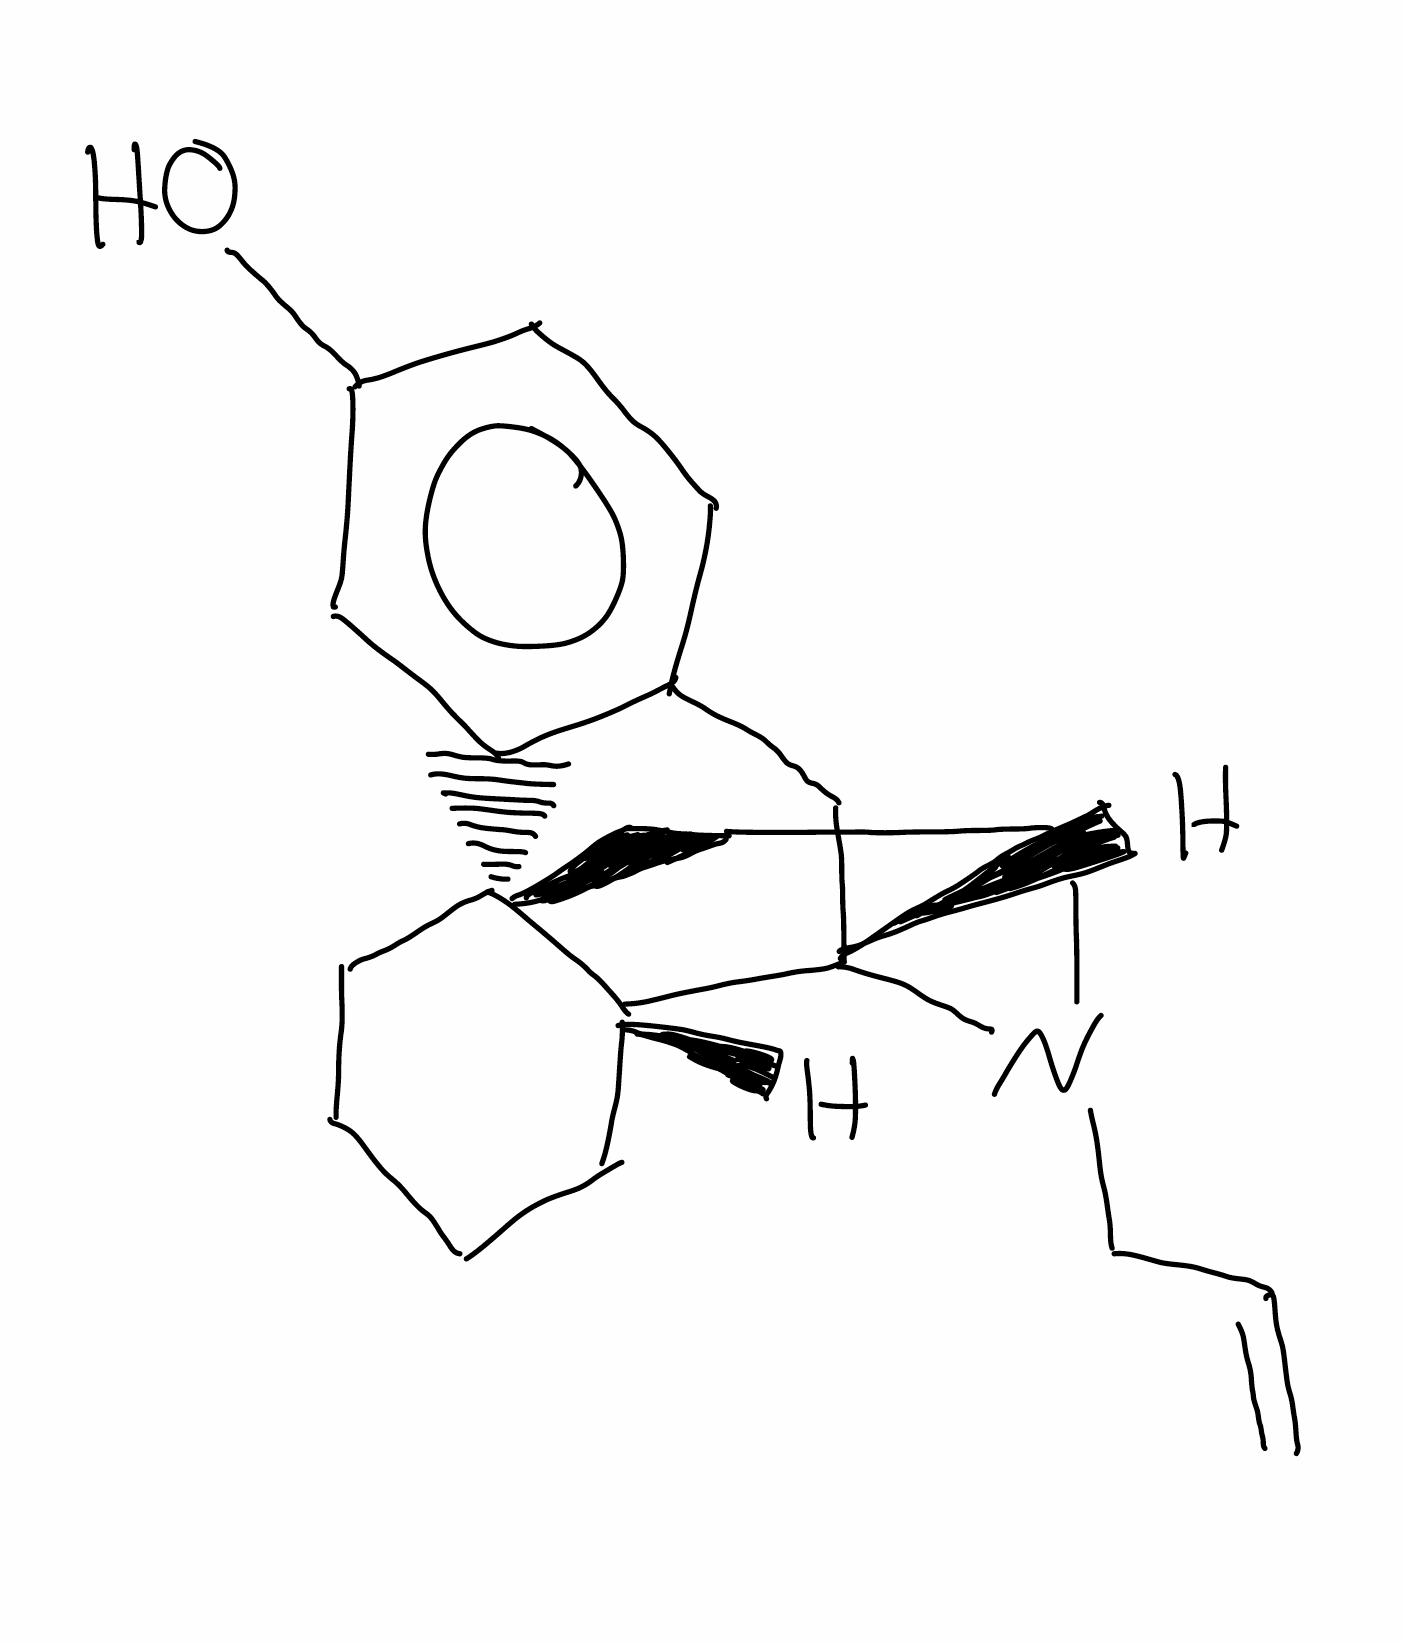
Simplified molecular-input line-entry system (SMILES) notation of the given molecule:
C=CCN1CC[C@]23CCCC[C@H]2[C@@H]1CC4=C3C=C(C=C4)O